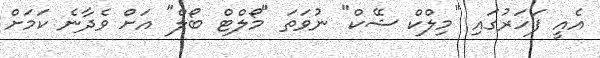
އެއީ ފަހަރުގައި "މިލްކް ޝޭކް" ނުވަތަ "މޯލްޓް ބޯލް" އަށް ވެދާނެ ކަމަށް